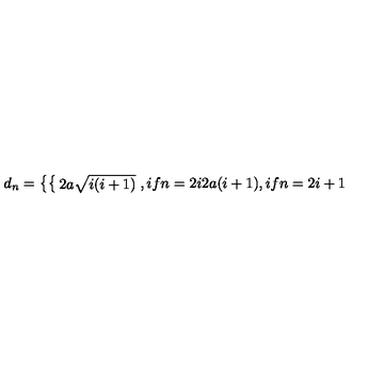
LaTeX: d _ { n } = \left\{ \begin{cases} { 2 a \sqrt { i ( i + 1 ) } } & { , i f n = 2 i } \\ { 2 a ( i + 1 ) } & { , i f n = 2 i + 1 } \\ \end{cases} \right.